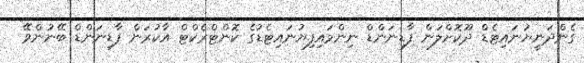
ގެންދަނީޔުނައިޓެޑް ދޫކޮށްލަން ފާޑިނަންޑް ނިންމައިފިޔުނައިޓެޑުގެ ކޮންޓްރެކްޓް އާކުރަން ފާޑިނަންޑް ބޭނުންވޭ